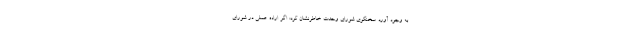
به وجود آورد. سخنگوی شورای وحدت خاطرنشان کرد: اگر اراده عملی در شورای